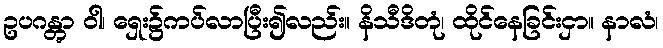
ဥပဂန္တွာ ဝါ၊ ရှေး၌ကပ်လာပြီး၍လည်း။ နိသီဒိတုံ၊ ထိုင်နေခြင်းငှာ။ နာလံ၊